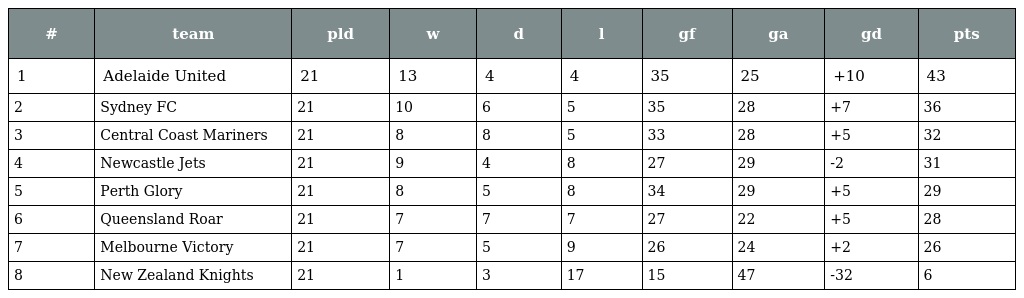
| # | team | pld | w | d | l | gf | ga | gd | pts |
 | --- | --- | --- | --- | --- | --- | --- | --- | --- | --- |
 | 1 | Adelaide United | 21 | 13 | 4 | 4 | 35 | 25 | +10 | 43 |
 | 2 | Sydney FC | 21 | 10 | 6 | 5 | 35 | 28 | +7 | 36 |
 | 3 | Central Coast Mariners | 21 | 8 | 8 | 5 | 33 | 28 | +5 | 32 |
 | 4 | Newcastle Jets | 21 | 9 | 4 | 8 | 27 | 29 | -2 | 31 |
 | 5 | Perth Glory | 21 | 8 | 5 | 8 | 34 | 29 | +5 | 29 |
 | 6 | Queensland Roar | 21 | 7 | 7 | 7 | 27 | 22 | +5 | 28 |
 | 7 | Melbourne Victory | 21 | 7 | 5 | 9 | 26 | 24 | +2 | 26 |
 | 8 | New Zealand Knights | 21 | 1 | 3 | 17 | 15 | 47 | -32 | 6 |